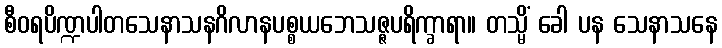
စီဝရပိဏ္ဍပါတသေနာသနဂိလာနပစ္စယဘေသဇ္ဇပရိက္ခာရာ။ တသ္မိံ ခေါ ပန သေနာသနေ